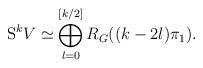
LaTeX: \begin{align*} \mathrm{S}^kV \simeq \bigoplus \limits_{l = 0}^{[k/2]} R_{G}((k-2l)\pi_1).\end{align*}